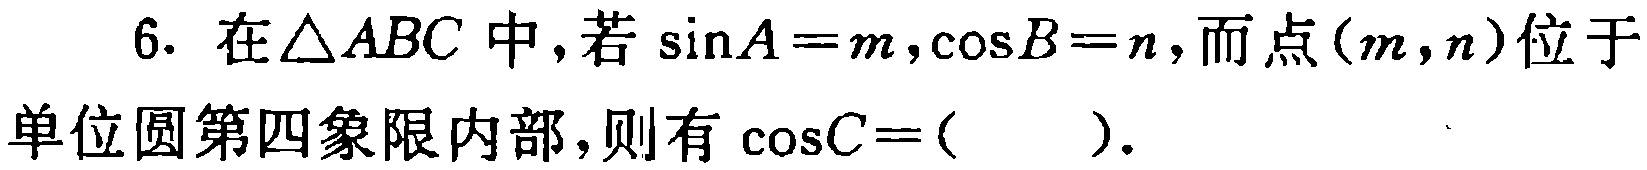
6. 在$\triangle ABC$中，若$\sin A = m,\cos B = n$，而点$(m,n)$位于单位圆第四象限内部，则有$\cos C = ($  )．